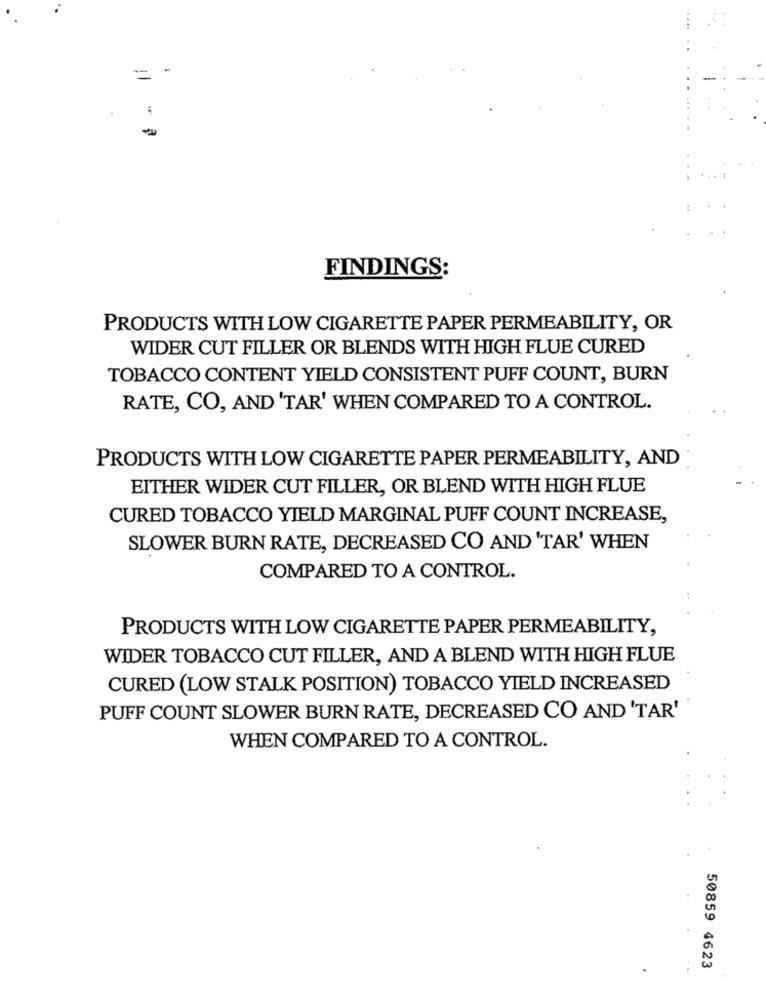
= =
FINDINGS:
PRODUCTS WITH LOW CIGARETTE PAPER PERMEABILITY, OR
WIDER CUT FILLER OR BLENDS WITH HIGH FLUE CURED
TOBACCO CONTENT YIELD CONSISTENT PUFF COUNT, BURN
RATE, CO, AND 'TAR' WHEN COMPARED TO A CONTROL.
PRODUCTS WITH LOW CIGARETTE PAPER PERMEABILITY, AND
EITHER WIDER CUT FILLER, OR BLEND WITH HIGH FLUE
CURED TOBACCO YIELD MARGINAL PUFF COUNT INCREASE,
SLOWER BURN RATE, DECREASED CO AND 'TAR' WHEN
COMPARED TO A CONTROL.
PRODUCTS WITH LOW CIGARETTE PAPER PERMEABILITY,
WIDER TOBACCO CUT FILLER, AND A BLEND WITH HIGH FLUE
CURED (LOW STALK POSITION) TOBACCO YIELD INCREASED
PUFF COUNT SLOWER BURN RATE, DECREASED CO AND 'TAR'
WHEN COMPARED TO A CONTROL.
50859 4623